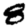
Digit: 8